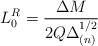
\begin{align*}L_0^R=\frac{\Delta M}{2Q\Delta_{(n)}^{1/2}} \end{align*}